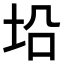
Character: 𪣈